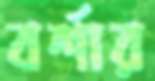
বর্শার